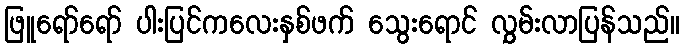
ဖြူရော်ရော် ပါးပြင်ကလေးနှစ်ဖက် သွေးရောင် လွှမ်းလာပြန်သည်။